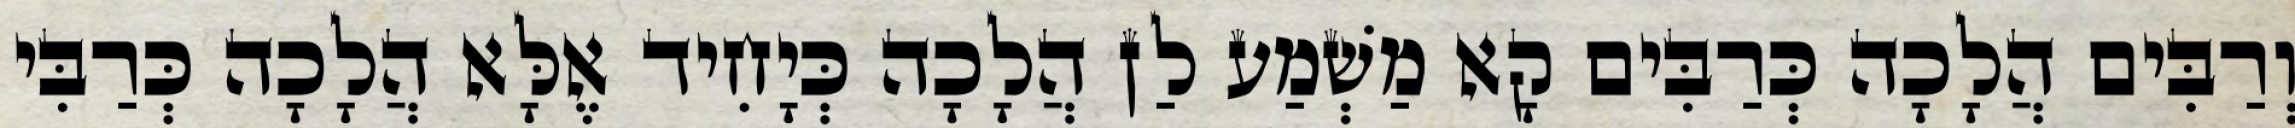
וְרַבִּים הֲלָכָה כְּרַבִּים קָא מַשְׁמַע לַן הֲלָכָה כְּיָחִיד אֶלָּא הֲלָכָה כְּרַבִּי